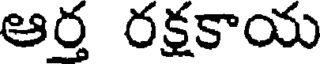
ఆర్త రక్షకాయ